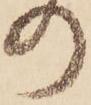
の